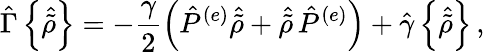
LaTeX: {\hat{\Gamma}}\left\{ {\hat{\tilde{\rho}}}\right\} =-\frac{\gamma}{2}\left({\hat{P}}^{(e)}{\hat{\tilde{\rho}}}+{\hat{\tilde{\rho}}}\, {\hat{P}}^{(e)}\right)+{\hat{\gamma}}\left\{ {\hat{\tilde{\rho}}}\right\} \, ,